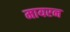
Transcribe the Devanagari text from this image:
मायरन